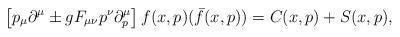
LaTeX: \begin{align*}\left[ p_{\mu} \partial^\mu \pm g F_{\mu\nu} p^\nu \partial^\mu_p\right] f(x,p) (\bar{f}(x, p))=C(x,p)+S(x,p),\end{align*}